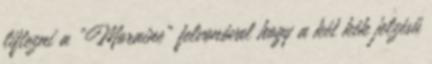
liftezni a "Moraine" felvonóval hogy a két kék jelzésű